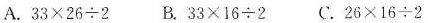
A.$$33\times26\div2$$ B.$$33\times16\div2$$ C.$$26\times16\div2$$